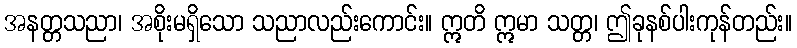
အနတ္တသညာ၊ အစိုးမရှိသော သညာလည်းကောင်း။ ဣတိ ဣမာ သတ္တ၊ ဤခုနစ်ပါးကုန်တည်း။